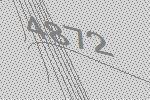
4872